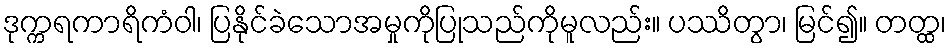
ဒုက္ကရကာရိကံဝါ၊ ပြနိုင်ခဲသောအမှုကိုပြုသည်ကိုမူလည်း။ ပဿိတွာ၊ မြင်၍။ တတ္ထ၊